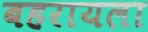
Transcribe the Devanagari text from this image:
बहरायला